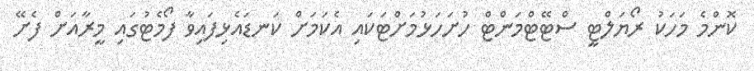
ކޮންމެ މަހަކު ރޯޔަލްޓީ ސްޓޭޓްމަންޓް ހުށަހަޅުމަށްޓަކައި އެކަމަށް ކަނޑައެޅިފައިވާ ފޯމެޓުގައި މީރާއަށް ފެށޭ